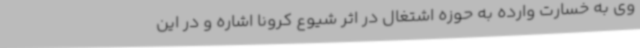
وی به خسارت وارده به حوزه اشتغال در اثر شیوع کرونا اشاره و در این